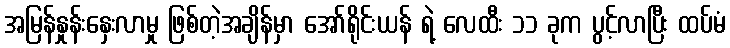
အမြန်နှုန်းနှေးလာမှု ဖြစ်တဲ့အချိန်မှာ အော်ရိုင်းယန် ရဲ့ လေထီး ၁၁ ခုက ပွင့်လာပြီး ထပ်မံ